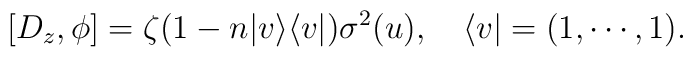
[D_z, \phi] = \zeta(1 - n | v \rangle \langle v |) \sigma^2(u),\quad \langle v | = (1, \cdots, 1).